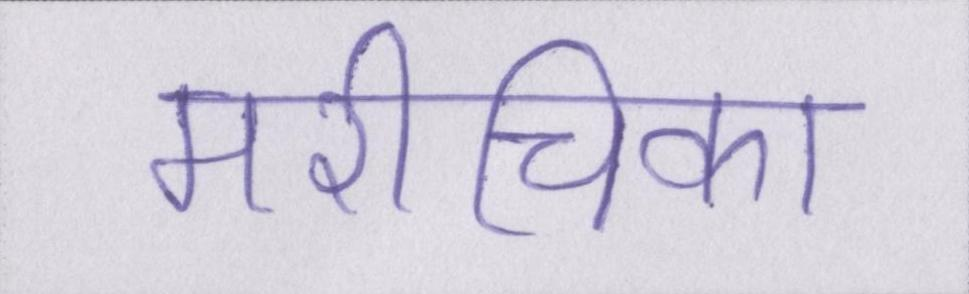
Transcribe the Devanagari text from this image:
मरीचिका